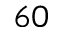
_ { 6 0 }